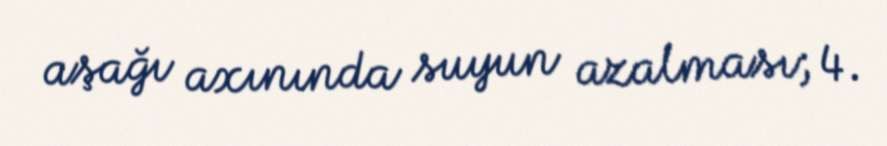
aşağı axınında suyun azalması; 4.